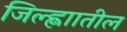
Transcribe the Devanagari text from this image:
जिल्ह्णाातील